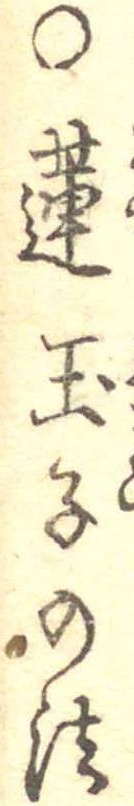
○蓮玉子の法